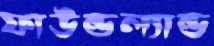
ফাউন্ডল্যান্ড